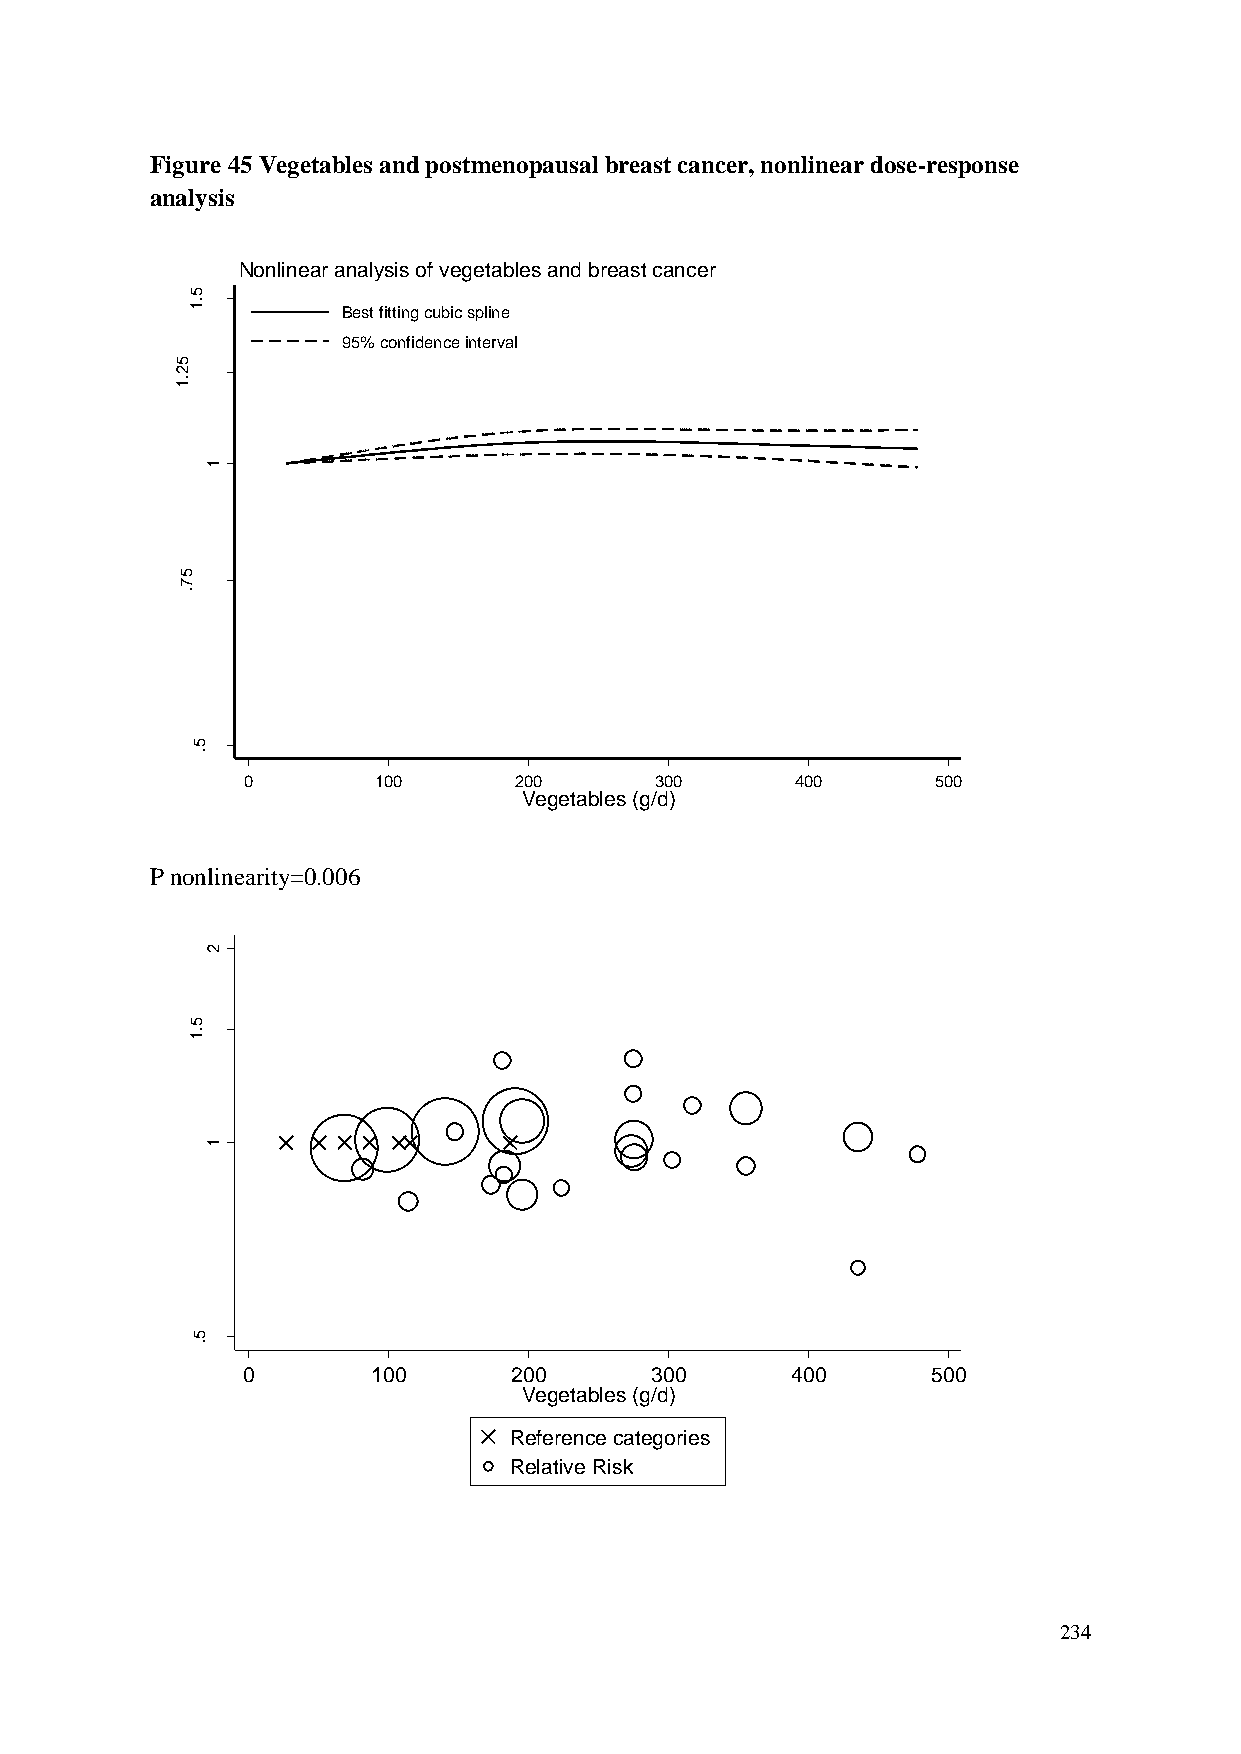
Figure 45 Vegetables and postmenopausal breast cancer, nonlinear dose-response
 analysis
 Nonlinear analysis of vegetables and breast cancer
 5
 .1
 Best fitting cubic spline
 95% confidence interval
 5
 2
 .1
 R            1
 R
 d
 e
 ta
 m
 its
 E          5 7
 .
 5
 .
 0        100      200      300       400      500
 Vegetables (g/d)
 P nonlinearity=0.006
 2
 5
 .1
 R
 R
 d
 e
 ta           1
 m
 its
 E
 5
 .
 0        100      200      300      400       500
 Vegetables (g/d)
 Reference categories
 Relative Risk
 234